Civil Veterinary Department Bihar & Orissa reports 1929-36 - 1929-1936
Year: 1929
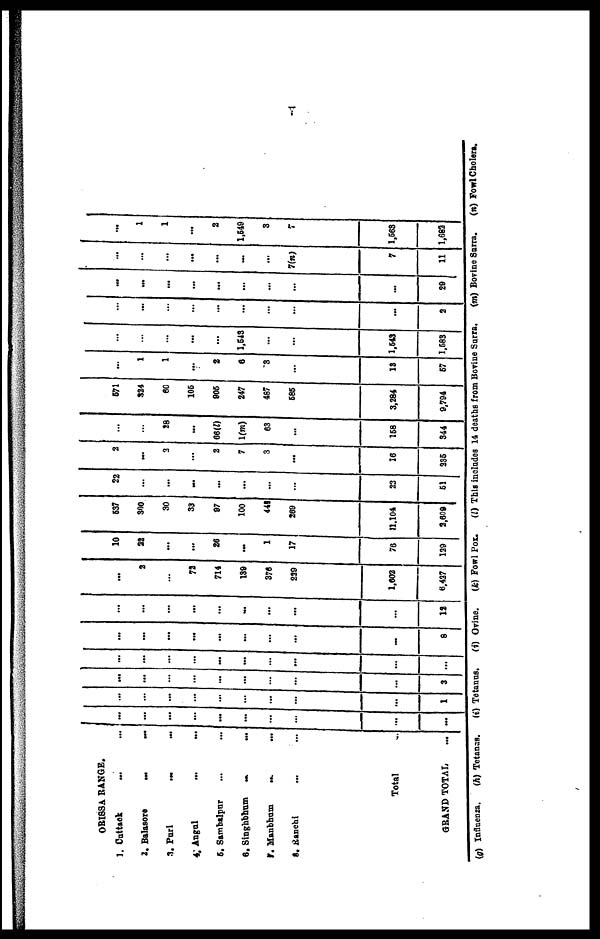
ORISSA RANGE.
1. Cuttack ...
2. Balasore
...
3. Puri ...
4. Angul ...
5. Sambalpur ...
6. Singhbhum
...
7. Manbham
...
8. Ranchi ...
Total
GRAND TOTAL
...
...
...
...
...
...
...
...
...
...
...
...
...
...
...
...
...
...
...
...
...
...
...
...
...
...
...
...
...
1
...
...
...
...
...
...
...
...
...
3
...
...
...
...
...
...
...
...
...
...
...
...
...
...
...
...
...
...
...
8
...
...
...
...
...
...
...
...
...
12
...
3
...
72
714
189
376
229
1,003
6,427
10
22
...
...
26
...
1
17
76
129
637
300
30
33
97
100
441
269
11,104
2,609
22
...
...
...
...
...
...
...
23
51
2
...
3
2
7
3
...
16
336
...
...
28
...
66(l)
1(m)
63
...
168
344
671
324
60
106
906
247
487
685
3,284
9,794
...
1
1
...
2
6
3
...
13
67
...
...
...
...
...
1,643
...
...
1,543
1,583
...
...
...
...
...
...
...
...
...
2
...
...
...
...
...
...
...
...
...
29
...
...
...
...
...
...
...
7(n)
7
11
...
1
1
...
2
1,649
3
...
1,563
1,682
(g) Influenza.
(h) Tetanas.
(i) Tetanas.
(i) Orine.
(k) Fowl Pox.
(l) This includes 14 deaths from Boviue Surra.
(m) Bovine Surra.
(n) Fowl Cholera.